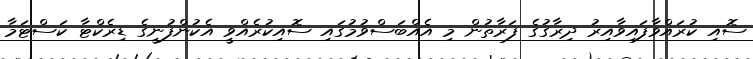
ސޮއި ކުރައްވާފައިވާއިރު ދިރާގުގެ ފަރާތުން މި އެއްބަސްވުމުގައި ސޮއިކުރެއްވީ އެކުންފުނީގެ ޑިރެކްޓާ ކަސްޓަމާ